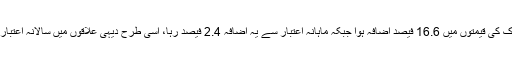
ڈان اخبار کی رپورٹ کے مطابق سالانہ اعتبار سے ماہ نومبر میں شہری علاقوں میں اشیائے خوراک کی قیمتوں میں 16.6 فیصد اضافہ ہوا جبکہ ماہانہ اعتبار سے یہ اضافہ 2.4 فیصد رہا، اسی طرح دیہی علاقوں میں سالانہ اعتبار سے مہنگائی میں 19.3 فیصد اضافہ دیکھنے میں آیا جبکہ ماہانہ بنیاد پر یہ اضافہ 3.4 فیصد رہا۔